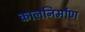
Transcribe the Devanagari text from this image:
कालनिर्माण